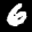
Label: 6